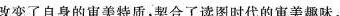
改变了自身的审美特质，契合了读图时代的审美趣味。"